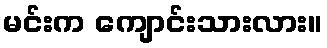
မင်းက ကျောင်းသားလား။